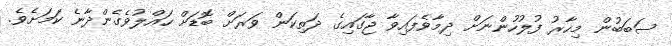
ސަބަބުން މިހާރު ފުލުހުންނަށް ދިމާވެފައިވާ ޖާގައިގެ ދަތިކަން ވަރަށް ބޮޑަށް ހައްލުވެގެންދާނެ ކަމަށެވެ.